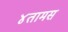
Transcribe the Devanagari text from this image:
४तामस